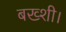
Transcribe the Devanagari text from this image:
बख्शी।